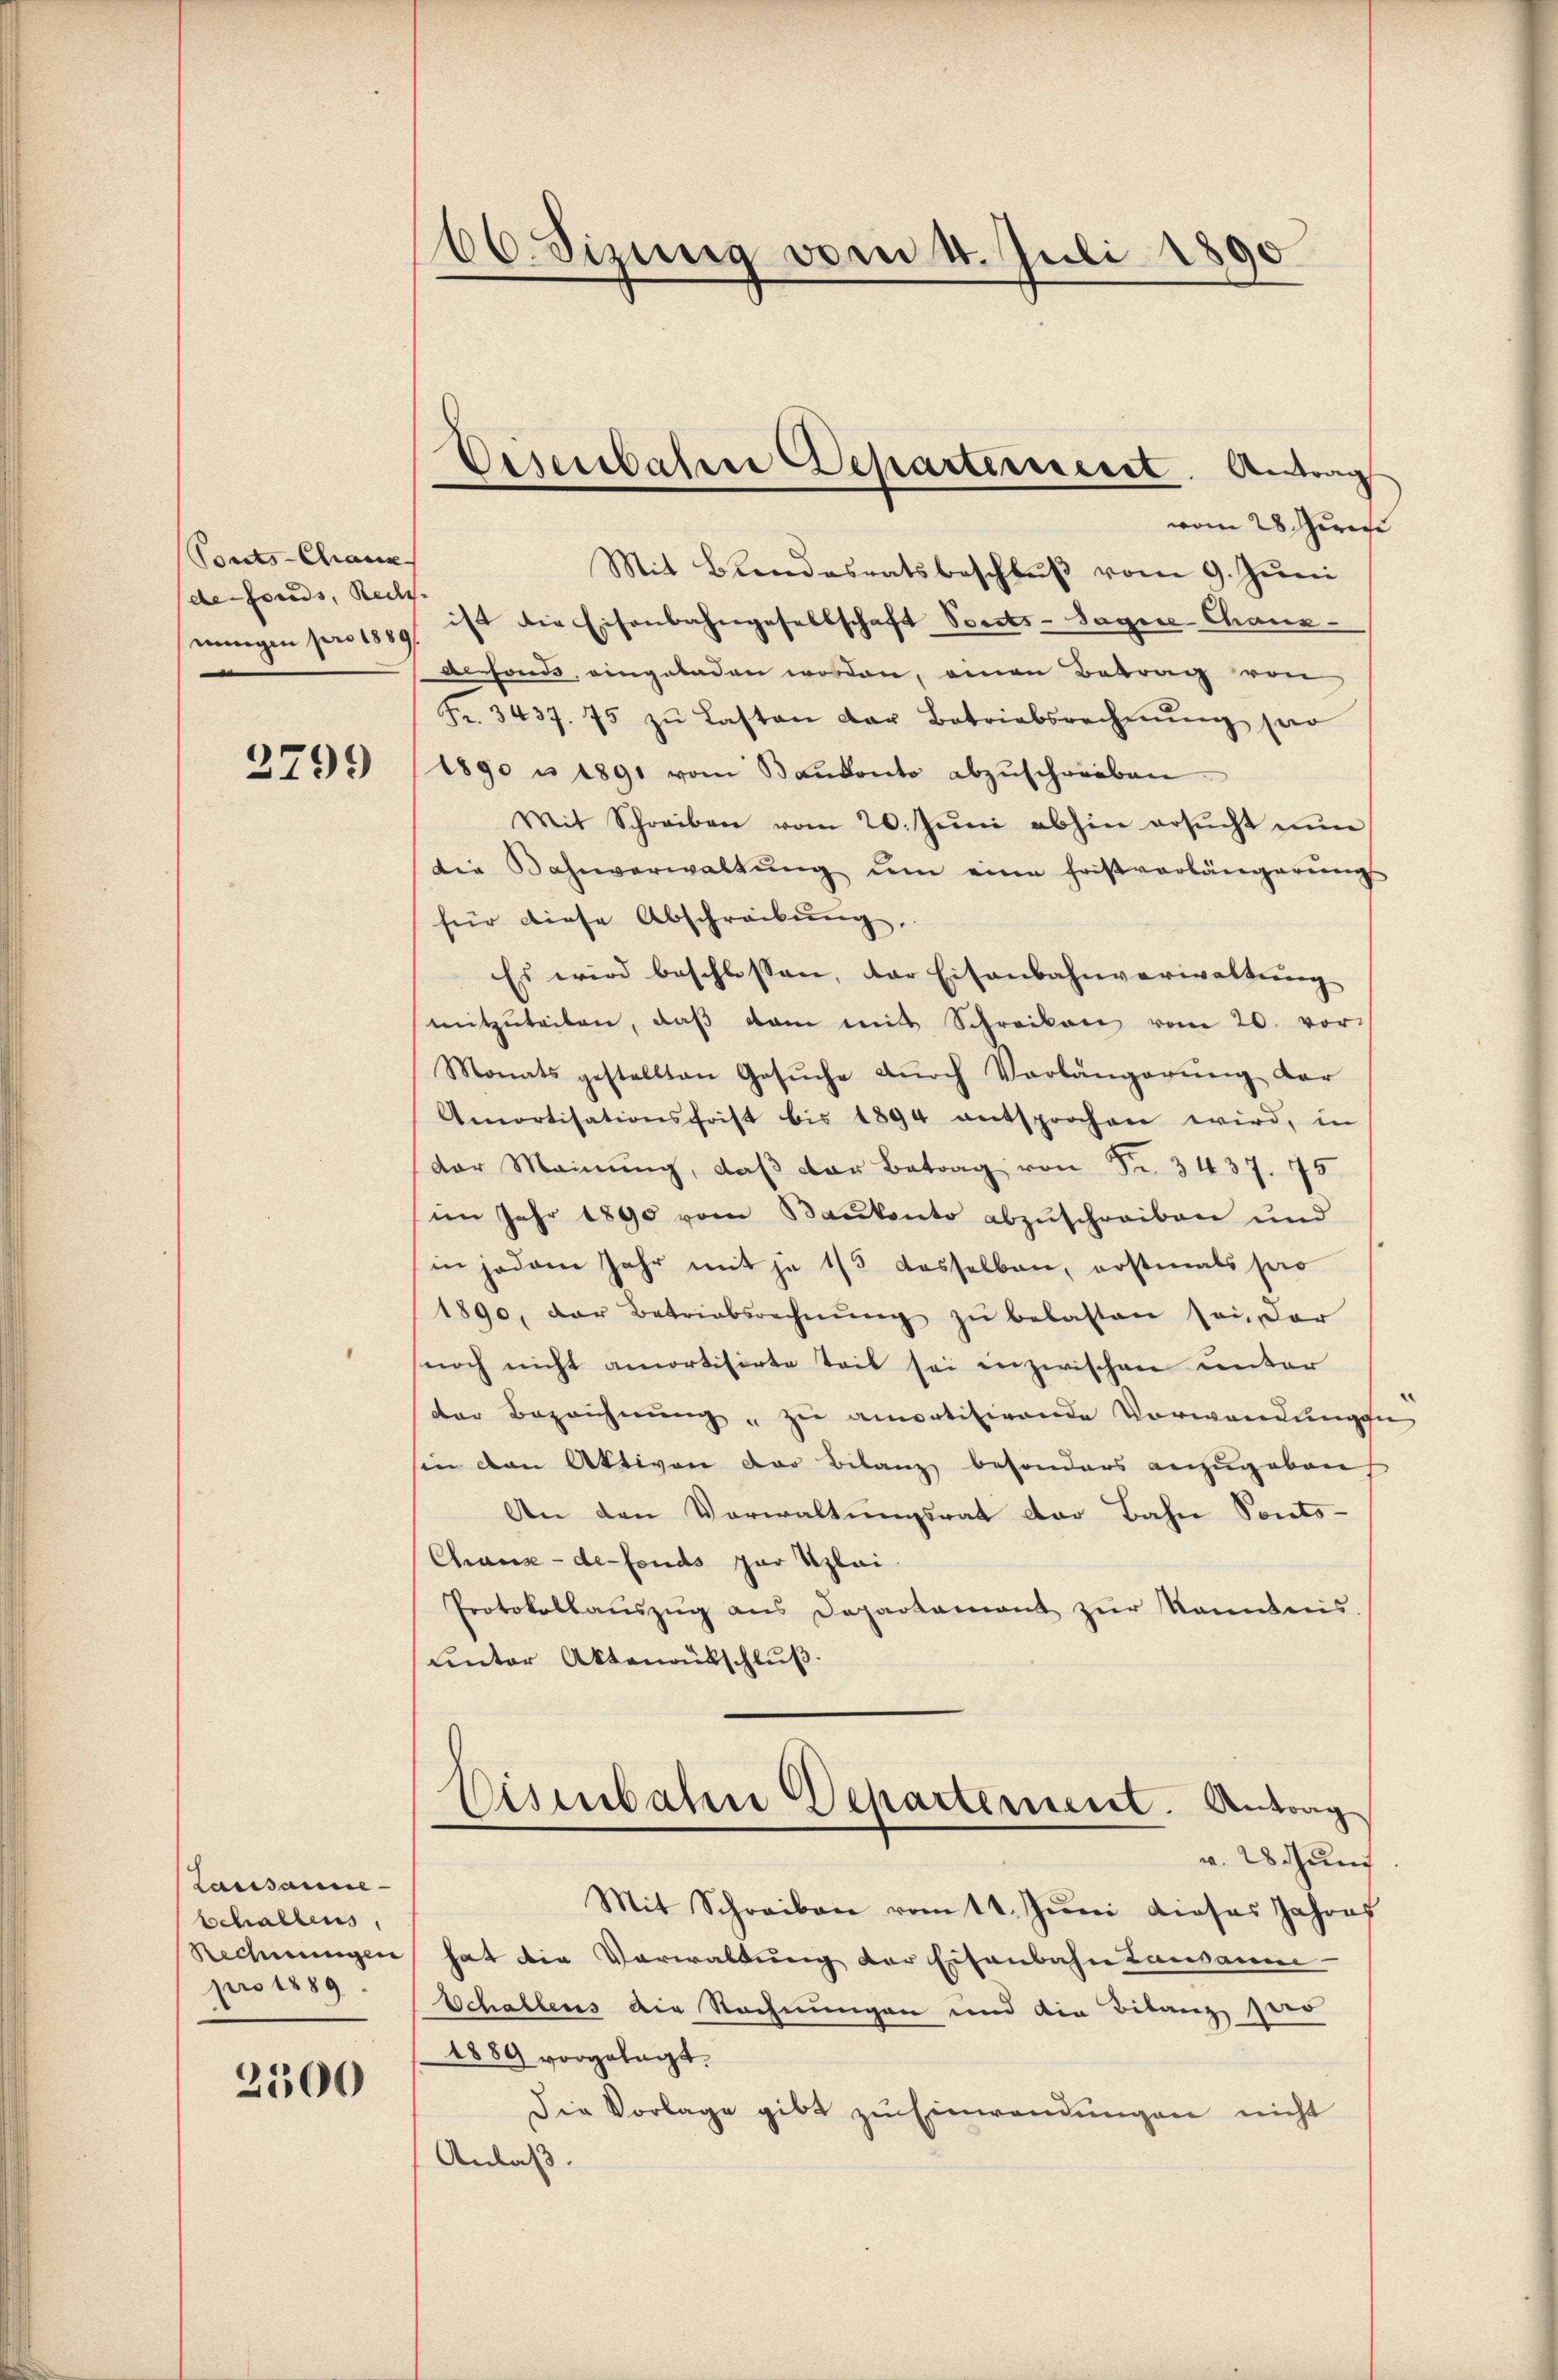
Tonts-Chaux
de Fonds, Rede
wungen pro 1889

3799

Lausanne
schaltens,
Rechnungen
pro 1889.

2500

66. Sizung vom 4. Juli 1890

Desersbahrer Departerieret. Antrag

vom 28. Gerec
Mit Bundesratsbeschluß vom 9. Juni
ist die Eisenbahngesellschaft Vorsts-Sagen Chaux-
defonds, eingeladen worden, einen Betrag von
Fr. 3437. 75 zŭ Lasten der Betriebsrechnŭng per
1890 u. 1891 vom Bankonto abzŭschreiben
Mit Schreiben vom 20. Jŭni abhin ersŭcht nŭn
die Bahnverwaltŭng ŭm eine Fristverlängerŭngs
für diese Abschreibŭng,
Es wird beschlossen, der Eisenbahnverwaltung
mitzŭteilen, daβ dan mit Schreiben vom 20. vor-
Monats gestellten Gesŭche dŭrch Vorlängerŭng dar
Amortisationsfrist bis 1894 entsprochen wird, in
dor Meinŭng, daβ der Betrag von Fr. 3437. 75
(im Jahr 1890 vom Baukonto abzuschreiben und
in jedem Jahr mit je 1/3 dasselben, erstmals pro
1890, der Betriebsrechnŭng zŭ belasten sei, dar
noch nicht amortisirte Teil sei inzwischen unter
der Bezeichnŭng zu amotitirende Vorwandungsn
in den Aktiven Dor Bilanz besonders anzugeben
An den Verwaltungsrat der Bahn Sonts-
Chaux-de-Fonds zur Uzlai.
Protokollaŭszŭg ans Departamant zŭr Kenntnis
unter Aktenausschlŭβ
Eisenbahn Departement. Antrag
v. 28 thung
Mit Schreiben vom 11. Jŭni dieses Jahres
hat die Vorwaltung der Eisenbahn Lausanne
Schallens die Rechnungen und die Bilanz Herr
1889 vorgelegt.
Die Vorlage gibt zu Einwendungen nicht
Anlaß.